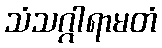
သံသဂ္ဂါရာမတံ